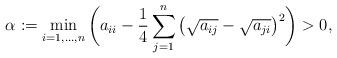
LaTeX: \begin{align*} \alpha := \min_{i=1,\ldots,n}\bigg(a_{ii} - \frac14\sum_{j=1}^n\big(\sqrt{a_{ij}}-\sqrt{a_{ji}}\big)^2\bigg) > 0, \end{align*}